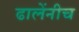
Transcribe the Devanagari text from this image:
ढालेंनीच